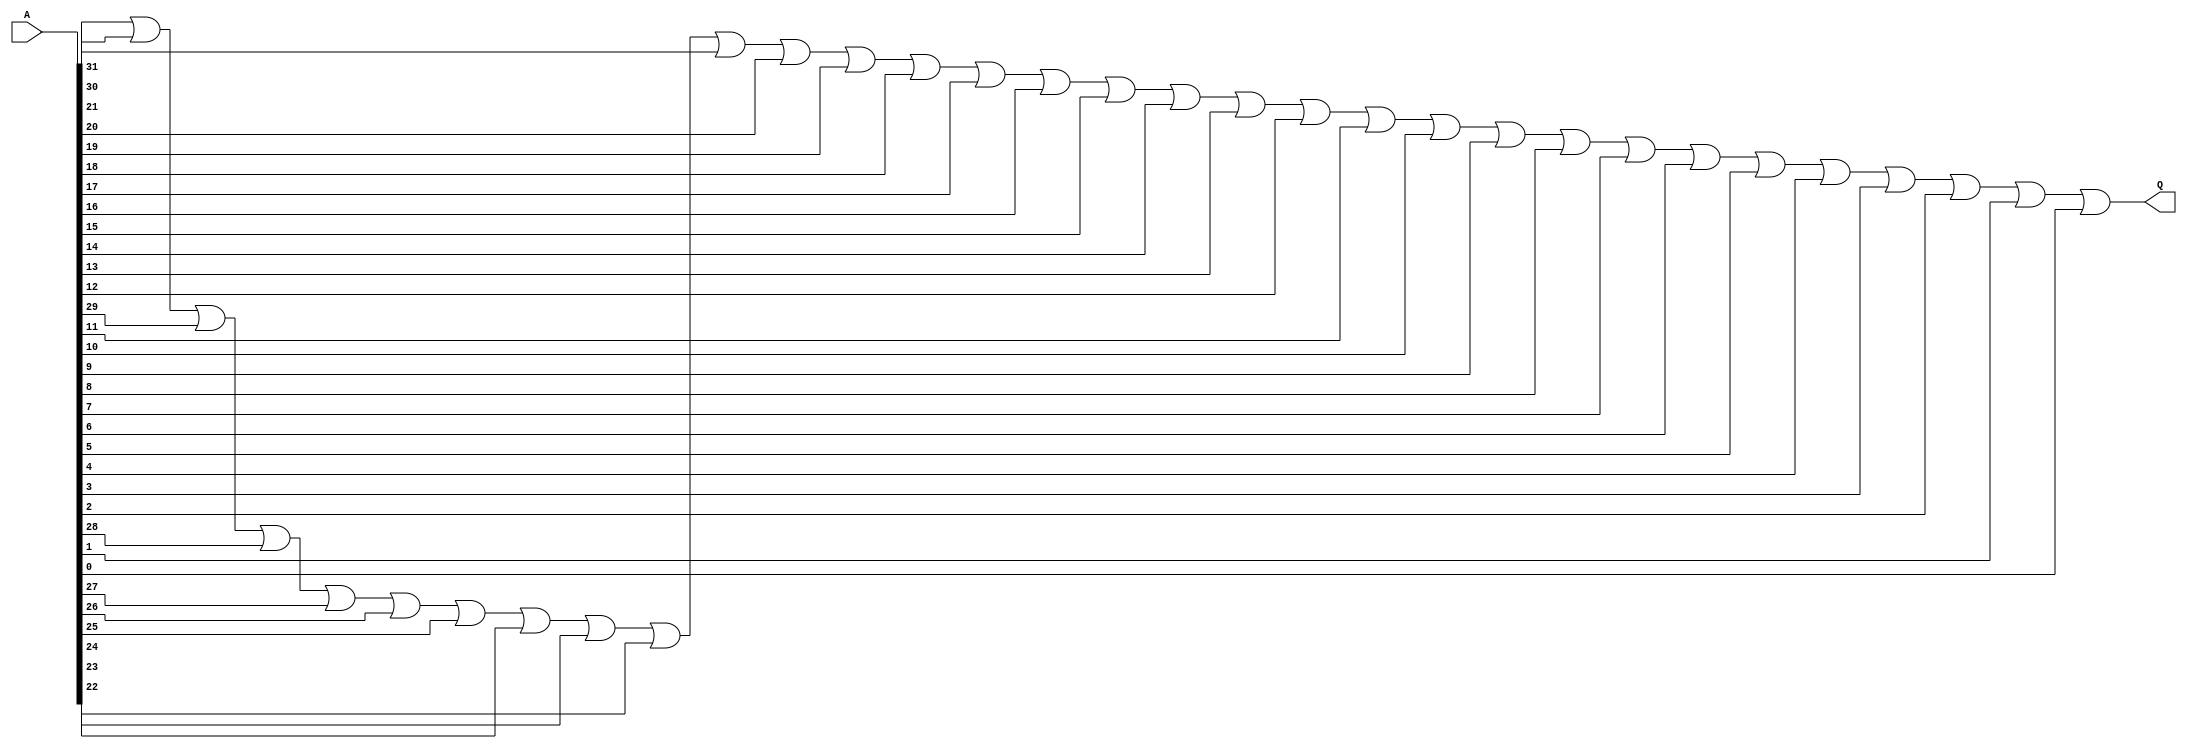
module check_zero(A, Q);
	input [31:0] A;
	output Q;
	wire ret;

	or ans(Q, A[31], A[30], A[29], A[28], A[27], A[26], A[25], A[24], A[23], A[22], A[21], A[20], A[19], A[18], A[17], A[16], A[15], A[14], A[13], A[12], A[11], A[10], A[9], A[8], A[7], A[6], A[5], A[4], A[3], A[2], A[1], A[0]);
endmodule